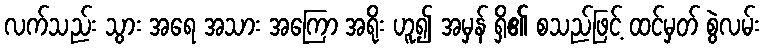
လက်သည်း သွား အရေ အသား အကြော အရိုး ဟူ၍ အမှန် ရှိ၏ စသည်ဖြင့် ထင်မှတ် စွဲလမ်း